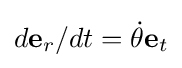
d\mathbf {e} _{r}/dt={\dot {\theta }}\mathbf {e} _{t}